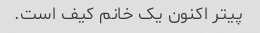
پیتر اکنون یک خانم کیف است.